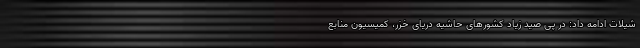
شیلات ادامه داد: در پی صید زیاد کشورهای حاشیه دریای خزر، کمیسیون منابع